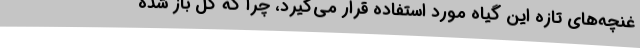
غنچه‌های تازه این گیاه مورد استفاده قرار می‌گیرد، چرا که گل باز شده